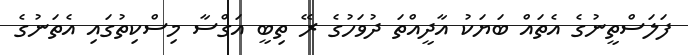
ފަލަސްތީނުގެ އެތައް ބަޔަކު އާދީއްތަ ދުވަހުގެ ރޭ ތިބީ އަގްސާ މިސްކިތުގައި އެތަނުގެ